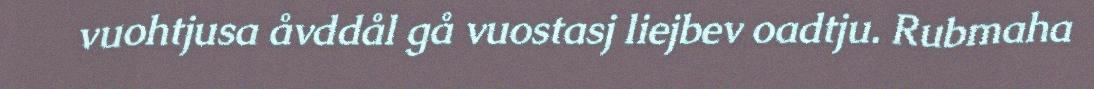
vuohtjusa åvddål gå vuostasj liejbev oadtju. Rubmaha